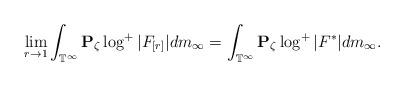
LaTeX: \begin{align*}\lim_{r\rightarrow1}\int_{\mathbb{T}^\infty}\mathbf{P}_\zeta\log^{+}|F_{[r]}|dm_\infty=\int_{\mathbb{T}^\infty}\mathbf{P}_\zeta\log^{+}|F^{*}|dm_\infty.\end{align*}